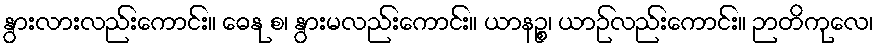
နွားလားလည်းကောင်း။ ဓေနု စ၊ နွားမလည်းကောင်း။ ယာနဉ္စ၊ ယာဉ်လည်းကောင်း။ ဉာတိကုလေ၊